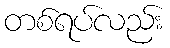
တစ်ရပ်လည်း